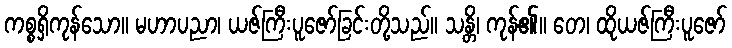
ကစ္စရှိကုန်သော။ မဟာပညာ၊ ယဇ်ကြီးပူဇော်ခြင်းတို့သည်။ သန္တိ၊ ကုန်၏။ တေ၊ ထိုယဇ်ကြီးပူဇော်